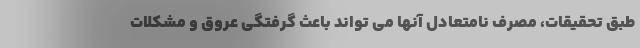
طبق تحقیقات، مصرف نامتعادل آنها می تواند باعث گرفتگی عروق و مشکلات